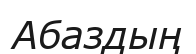
Абаздың